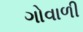
ગોવાળી